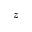
z